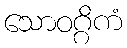
သောဝဂ္ဂိကံ